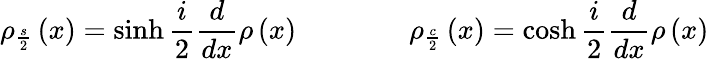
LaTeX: \rho_{\frac{s}{2}}\left(x\right)=\sinh\frac{i}{2}\frac{d}{dx}\rho\left(x\right)\qquad\qquad\rho_{\frac{c}{2}}\left(x\right)=\cosh\frac{i}{2}\frac{d}{dx}\rho\left(x\right)